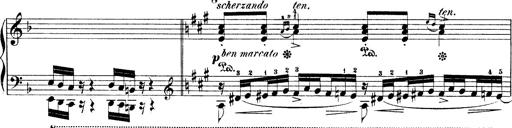
Title: Illustrations de l'opÃ©ra L'Africaine
Composer: Franz Liszt